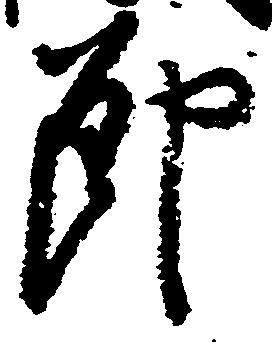
節